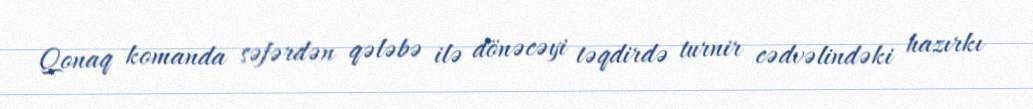
Qonaq komanda səfərdən qələbə ilə dönəcəyi təqdirdə turnir cədvəlindəki hazırkı